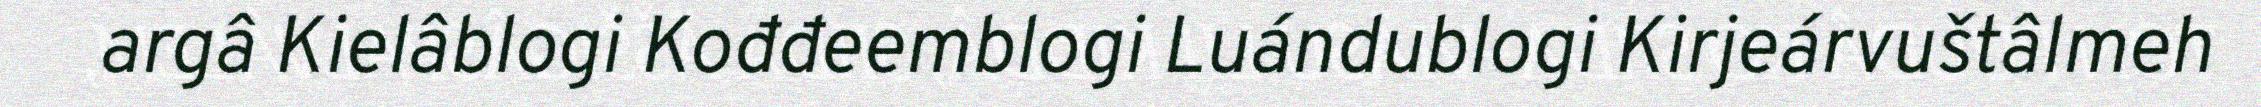
argâ Kielâblogi Kođđeemblogi Luándublogi Kirjeárvuštâlmeh